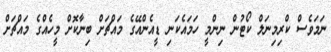
ނަމަވެސް ކްރިމިނަލް ކޯޓުން ނިންމީ ހަމައެކަނި ޑީއެންއޭގެ މައްޗަށް ބިނާކޮށް މީހެއްގެ މައްޗަށް